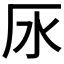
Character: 𣱷